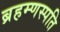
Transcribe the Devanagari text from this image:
ब्रहम्णस्पति